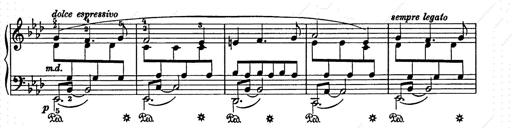
Title: Weihnachtsbaum
Composer: Franz Liszt